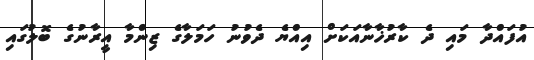
އުފައްދާ މައި ދެ ކާރުޚާނާއަކަށް އިއްޔެ ދެވުނު ހަމަލާގެ ޒިންމާ އީރާނުގެ ބޮލުގައި